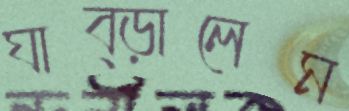
ঘাব্‌ড়ালেম